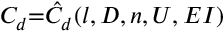
C _ { d } { = } \hat { C } _ { d } ( l , D , n , U , E I )